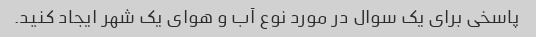
پاسخی برای یک سوال در مورد نوع آب و هوای یک شهر ایجاد کنید.